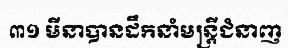
៣១ មីនាបានដឹកនាំមន្ត្រីជំនាញ